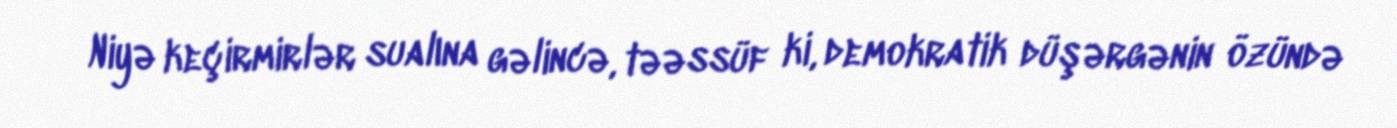
Niyə keçirmirlər sualına gəlincə, təəssüf ki, demokratik düşərgənin özündə